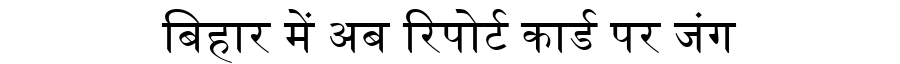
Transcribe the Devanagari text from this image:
बिहार में अब रिपोर्ट कार्ड पर जंग